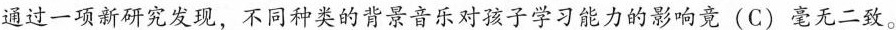
通过一项新研究发现，不同种类的背景音乐对孩子学习能力的影响竟 (C) 毫无二致。